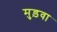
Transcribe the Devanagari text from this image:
मुड़वा